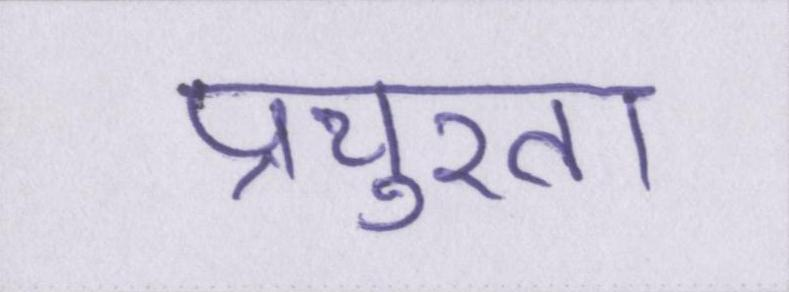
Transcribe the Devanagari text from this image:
प्रचुरता